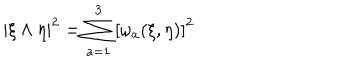
| \xi \wedge \eta | ^ { 2 } = \sum _ { a = 1 } ^ { 3 } \left[ \omega _ { a } ( \xi , \eta ) \right] ^ { 2 }